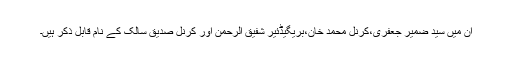
ان میں سید ضمیر جعفری،کرنل محمد خان،بریگیڈئیر شفیق الرحمٰن اور کرنل صدیق سالک کے نام قابل ذکر ہیں۔